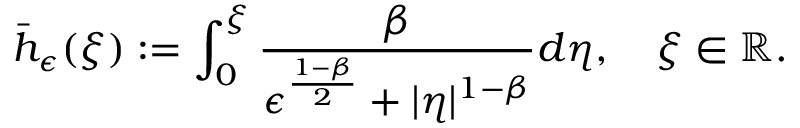
\bar { h } _ { \epsilon } ( \xi ) : = \int _ { 0 } ^ { \xi } \frac { \beta } { \epsilon ^ { \frac { 1 - \beta } { 2 } } + | \eta | ^ { 1 - \beta } } d \eta , \quad \xi \in \mathbb { R } .